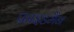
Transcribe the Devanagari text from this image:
फ्राइडमैंन